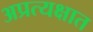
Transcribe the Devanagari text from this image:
अप्रत्यक्षात